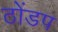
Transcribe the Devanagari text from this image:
ठोंडप